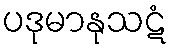
ပဒုမာနုသဋံ